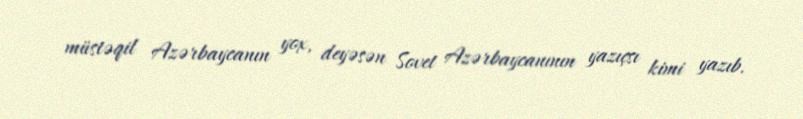
müstəqil Azərbaycanın yox, deyəsən Sovet Azərbaycanının yazıçsı kimi yazıb.